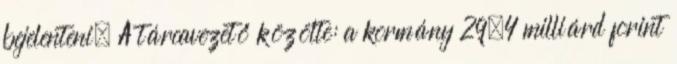
bejelenteni. A tárcavezető közölte: a kormány 29,4 milliárd forint